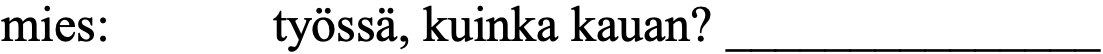
mies:    työssä, kuinka kauan? _______________